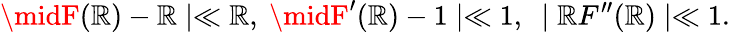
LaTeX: \midF(\mathbb{R})-\mathbb{R}\mid\ll\mathbb{R},~\midF^{\prime}(\mathbb{R})-1\mid\ll1,~\mid\mathbb{R}F^{\prime\prime}(\mathbb{R})\mid\ll1.